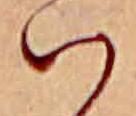
ハ